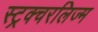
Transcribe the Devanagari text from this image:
स्ट्रक्चरलिज्म